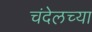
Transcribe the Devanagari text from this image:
चंदेलच्या